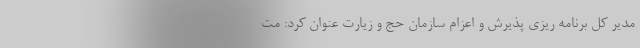
مدیر کل برنامه ریزی پذیرش و اعزام سازمان حج و زیارت عنوان کرد: مت